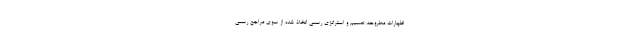
اظهارات مطروحه، تصمیم و استراتژی رسمی اتخاذ شده از سوی مراجع رسمی